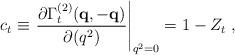
LaTeX: \begin{align*}c_t \equiv \left. \frac{ \partial \Gamma^{(2)}_t ( {\bf{q}} , - {\bf{q}})}{ \partial ( q^2) } \right|_{q^2 = 0} = 1 - Z_t \; , \end{align*}